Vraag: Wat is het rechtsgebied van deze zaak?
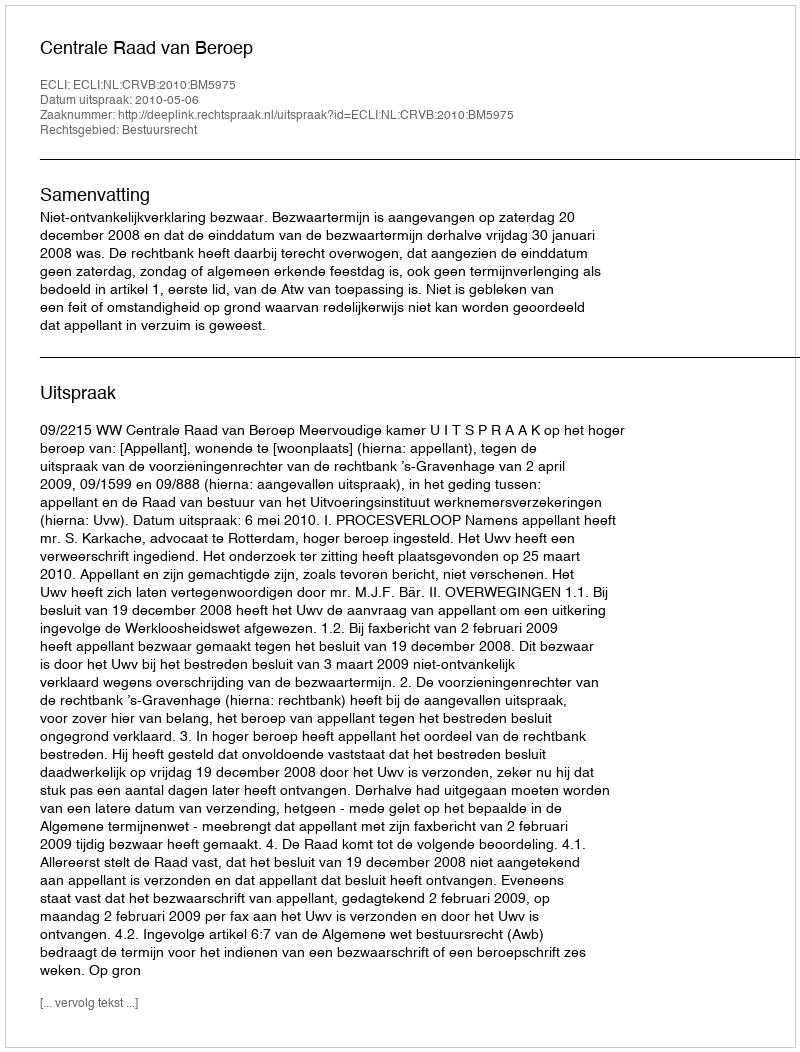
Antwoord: Bestuursrecht